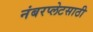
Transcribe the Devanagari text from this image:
नंबरप्लेटसाठी